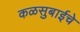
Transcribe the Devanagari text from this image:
कळसुबाईचे